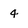
Character: 4